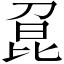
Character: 𠝕